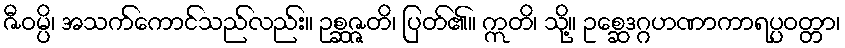
ဇီဝမ္ပိ၊ အသက်ကောင်သည်လည်း။ ဥစ္ဆဇ္ဇတိ၊ ပြတ်၏။ ဣတိ၊ သို့။ ဥစ္ဆေဒဂ္ဂဟဏာကာရပ္ပဝတ္တာ၊